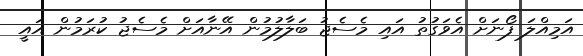
އަމިއްލަ ފޯނަށް އެވަގުތު އައި މެސެޖު ބަލާލުމުން އޭނާއަށް މެސެޖު ކުރަމުން އައީ